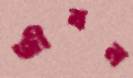
জীবন